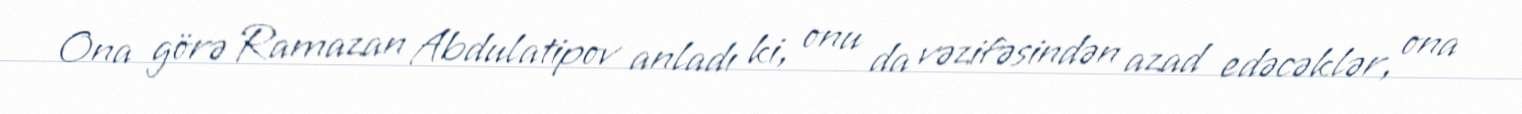
Ona görə Ramazan Abdulatipov anladı ki, onu da vəzifəsindən azad edəcəklər, ona